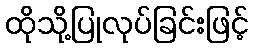
ထိုသို့ပြုလုပ်ခြင်းဖြင့်